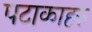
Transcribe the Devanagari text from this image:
पटाकाहरु